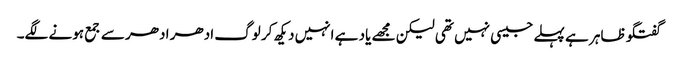
گفتگو ظاہر ہے پہلے جیسی نہیں تھی لیکن مجھے یاد ہے انہیں دیکھ کر لوگ ادھر ادھر سے جمع ہونے لگے۔